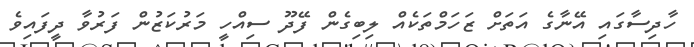
ހާދިސާގައި އޭނާގެ އަތަށް ޒަހަމްތަކެއް ލިބިގެން ފޭދޫ ސިއްހީ މަރުކަޒުން ފަރުވާ ދީފައިވެ